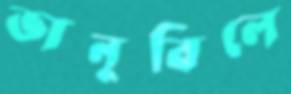
ভানুবিলে